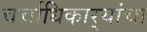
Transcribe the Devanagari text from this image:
चर्चाधिकार्‍यांचा